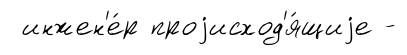
инжен'е́р проjисход'я́щиjе -